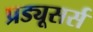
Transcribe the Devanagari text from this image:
प्रड्यूसर्स